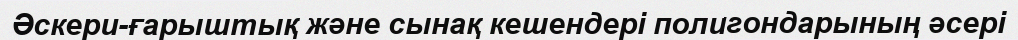
Әскери-ғарыштық және сынақ кешендері полигондарының әсері